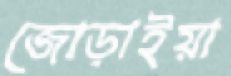
জোড়াইয়া